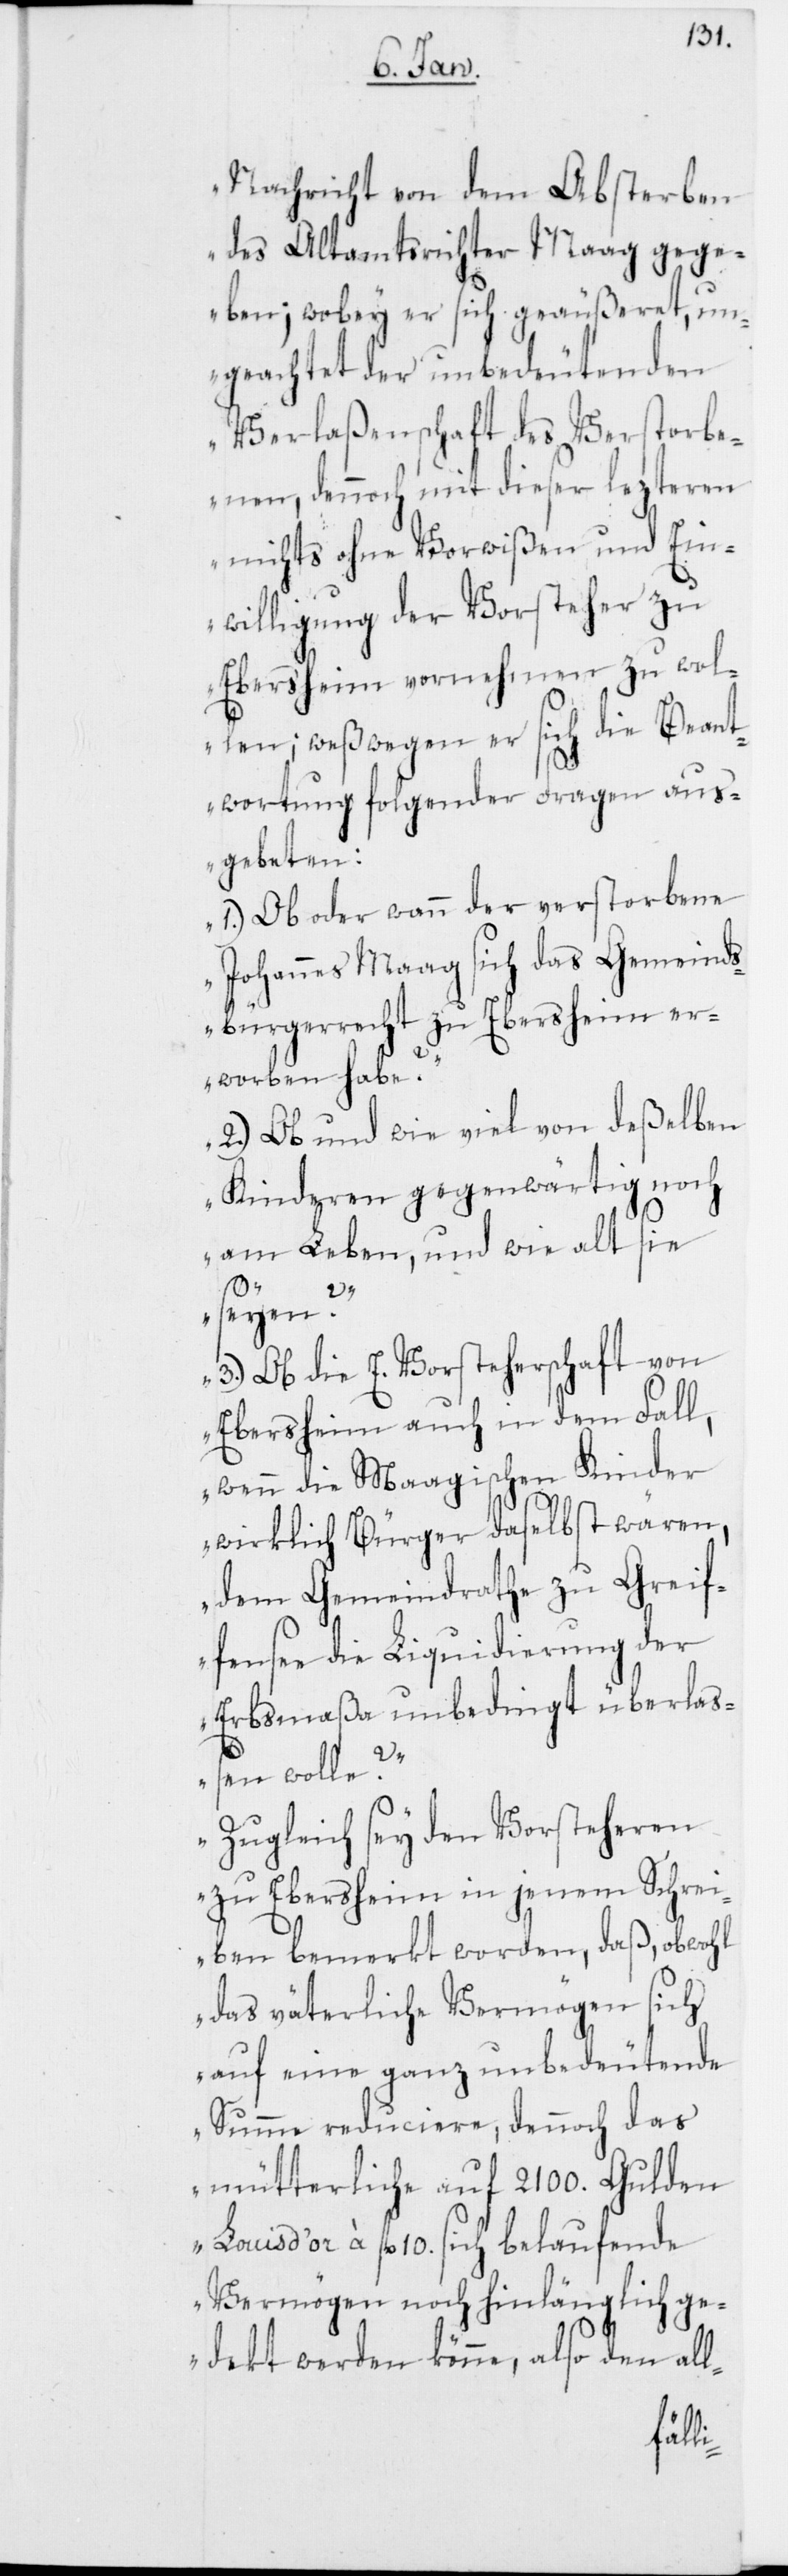
Nachricht von dem Absterben
des Altamtsrichter Maag gege¬
ben; wobey er sich geäußeret, un¬
geachtet der unbedeutenden
Verlaßenschaft des Verstorbe¬
nen, dennoch mit dieser lezteren
nichts ohne Vorwißen und Ein¬
willigung der Vorsteher zu
Ebersheim vornehmen zu wol¬
len; weßwegen er sich die Beant¬
wortung folgender Fragen aus¬
gebeten:
1.) Ob oder wann der verstorbene
Johannes Maag sich das Gemeinds¬
bürgerrecht zu Ebersheim er¬
worben habe?
2.) Ob und wie viel von deßelben
Kinderen gegenwärtig noch
am Leben, und wie alt sie
seyen?
3.) Ob die E. Vorsteherschaft von
Ebersheim auch in dem Fall,
wenn die Maagischen Kinder
wirklich Bürger daselbst wären,
dem Gemeindrathe zu Greif¬
fensee die Liquidierung der
Erbsmaßa unbedingt überlaß¬
en wolle?
Zugleich sey den Vorsteheren
zu Ebersheim in jenem Schrei¬
ben bemerkt worden, daß, obwohl
das väterliche Vermögen sich
auf eine ganz unbedeutende
Summe reduciere, dennoch das
mütterliche auf 2100. Gulden
d’or à fl. 10. sich belaufende
Vermögen noch hinlänglich ge¬
dekt werden könne, also den all-